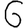
Digit: 6